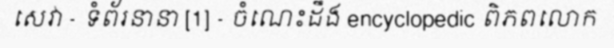
សេវា - ទំព័រនានា [1] - ចំណេះដឹង encyclopedic ពិភពលោក